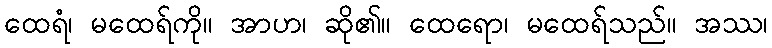
ထေရံ၊ မထေရ်ကို။ အာဟ၊ ဆို၏။ ထေရော၊ မထေရ်သည်။ အဿ၊